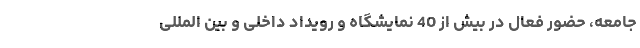
جامعه، حضور فعال در بیش از 40 نمایشگاه و رویداد داخلی و بین المللی